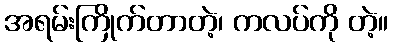
အရမ်းကြိုက်တာတဲ့၊ ကလပ်ကို တဲ့။